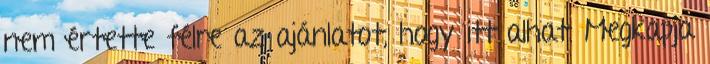
nem értette félre az ajánlatot, hogy itt alhat. Megkapja